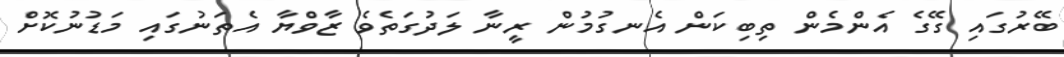
ބޭރުގައި ގޭގެ އެންމެން ތިބިކަން އެނގުމުން ރީނާ ލަދުގަތެވެ ޒާވްޔާ އެތަނުގައި މަޑުނުކޮށް